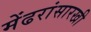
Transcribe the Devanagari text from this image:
मेंढरांसारखी